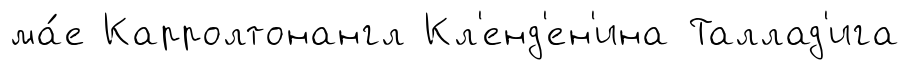
ма́е Карролтонангл Кл'енд'ен'ина Таллад'ига